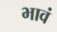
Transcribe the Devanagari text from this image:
भावं